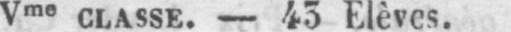
Vme classe. - 43 Elèves.